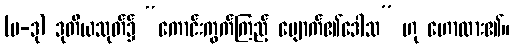
(ပ-ဒု) ဒုတိယသုတ်၌ “ကောင်းကွက်ကြည့် ပျောက်၏ဒေါသ” ဟု ဟောထား၏။